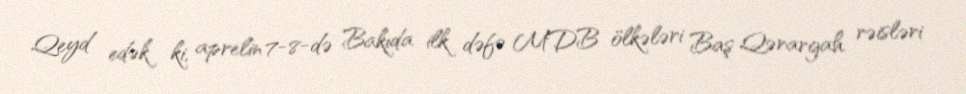
Qeyd edək ki, aprelin 7-8-də Bakıda ilk dəfə MDB ölkələri Baş Qərargah rəisləri